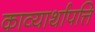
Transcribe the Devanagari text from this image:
काव्यार्थापत्ति